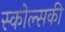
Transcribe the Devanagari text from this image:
स्कोल्सकी